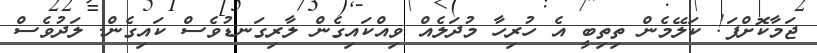
ޖަމާކޮށްފަ! ކަލޭމެން ތިތިބީ އެ ހުރިހާ މުދަލެއް ވިއްކައިގެން ލާރިގަނޑުވެސް ކައިގެން. ލަދުވެސް